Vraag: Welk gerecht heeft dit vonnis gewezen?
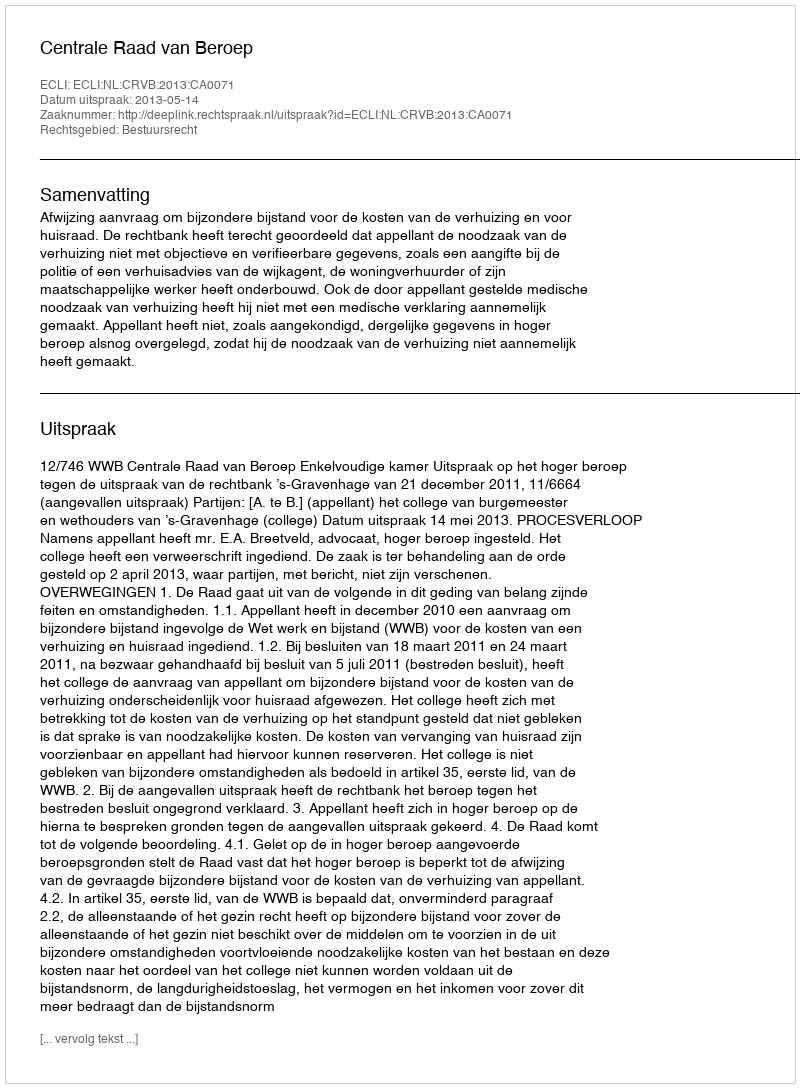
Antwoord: Centrale Raad van Beroep